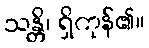
သန္တိ၊ ရှိကုန်၏။